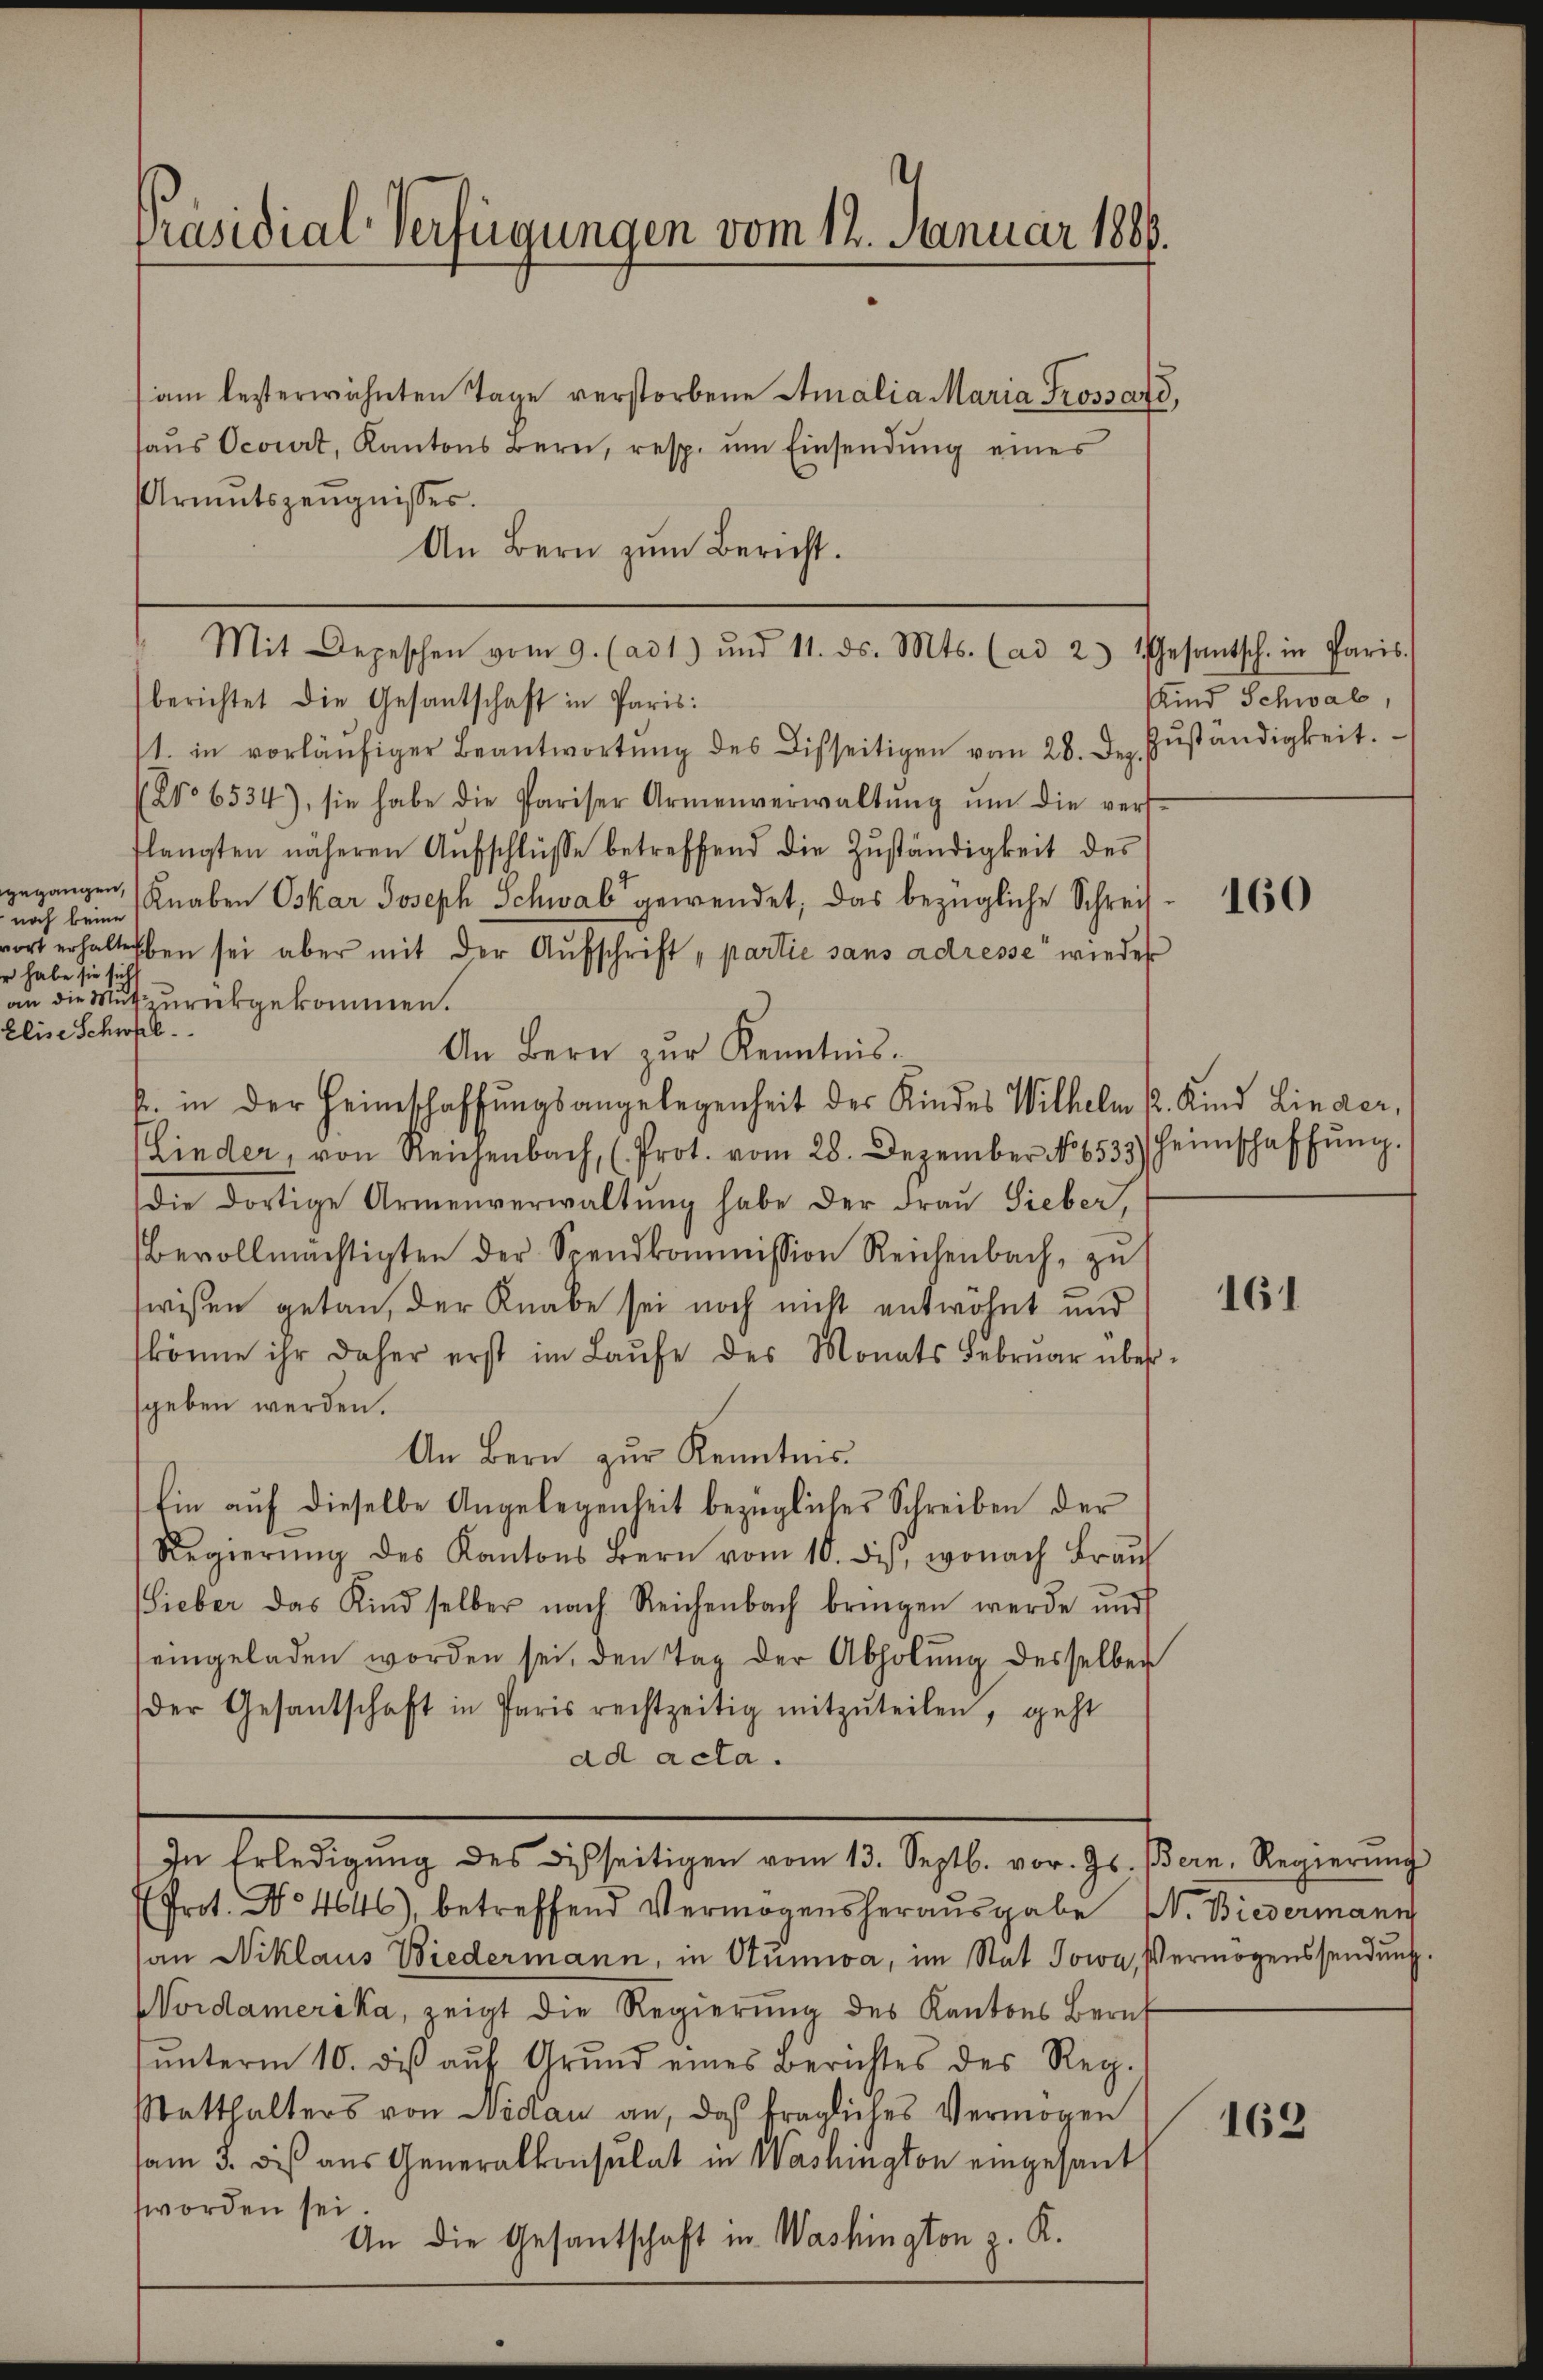
noch keine
r habe sie sich
Elise Schwel

am lezterwähnten Tage verstorbene Amalia Maria Trossard,
haŭs Ocourt, Kantons Bern, resp. ŭm Einsendŭng eines
Armutszeugnisses.
An Bern zum Bericht.
berichtet die Gesantschaft in Paris:
st. in vorläŭfiger Beantwortŭng des Disseitigen vom 28. Dez. Zŭständigkeit.
(No 6534), sie habe die Pariser Armenverwaltŭng ŭm die vers-
flangten näheren Aŭfschlüsse betreffend die Zŭständigkeit des
gegangen, Knaben Oskar Joseph Schwab gewendet; das bezügliche Schreif
wort erhalt eben sei aber mit der Aŭfschrift „partie sans adresse wieder
an die Mut zurückgekommen.
An Bern zur Kenntnis.
k. in der Heimschaffungsangelegenheit der Kindes Wilhelm K. Kind Linder,
Lieder, von Reichenbach, (Prot. vom 28. Dezember No 8533) Heimschaffŭng.
die dortige Armenverwaltung habe der Frau Sieber,
Bevollmächtigten der Spendkommission Reichenbach, zŭ
wisen getan, der Knabe sei noch nicht entwöhnt und
könne ihr daher erst im Laŭfe des Monats Febrŭar über-
sgeben werden.
An Bern zur Kenntnis
Ein auf dieselbe Angelegenheit bezügliches Schreiben der
Regierŭng des Kantons Bern vom 10. du, wonach Braŭ
ieber das Kind selber nach Reichenbach bringen werde und
eingeladen worden sei, den Tag der Abholŭng desselber
der Gesantschaft in Paris rechtzeitig mitzŭteilen, geht
ad acta.
In Erledigŭng des Disseitigen vom 13. Septb. vor. Js. (Bern, Regierŭng
Prot. No 4646), betreffend Vermögensherausgabe N. Biedermann
an Niklaus Biedermann, in Stumwa, im Stat Jowa, Vermögenssendung.
Nordamerika, zeigt die Regierŭng des Kantons Beruf
ŭnterm 10. des aŭf Grund eines Berichtes des Reg.
Statthalters von Nidau an, daß fragliches Vermögen
am 3. bis aus Generalkonsulat in Washington eingesant
worden sei.
An die Gesantschaft in Washington z. K.

Präsidial-Verfügungen vom 12. Januar 1886.

Mit Depeschen vom 9. (ad 1) und 11. ds. Mts. (ad 2. Gesantsch. in Paris.

Kind Schwab,

160

161

162